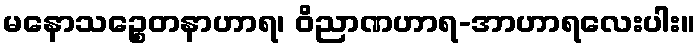
မနောသဉ္စေတနာဟာရ၊ ဝိညာဏဟာရ-အာဟာရလေးပါး။